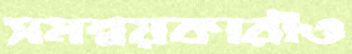
সমন্বয়কারীও